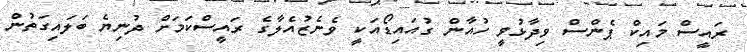
ރައީސް މައިކް ޕެންސް ވިދާޅުވީ ހުއާން ގުއައިޑޯއަކީ ވެނެޒުއެލާގެ ރައީސްކަމަށް ދުނިޔެ ބަލައިގަތުން